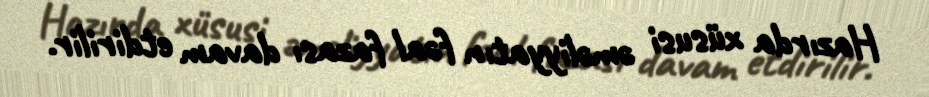
Hazırda xüsusi əməliyyatın fəal fazası davam etdirilir.